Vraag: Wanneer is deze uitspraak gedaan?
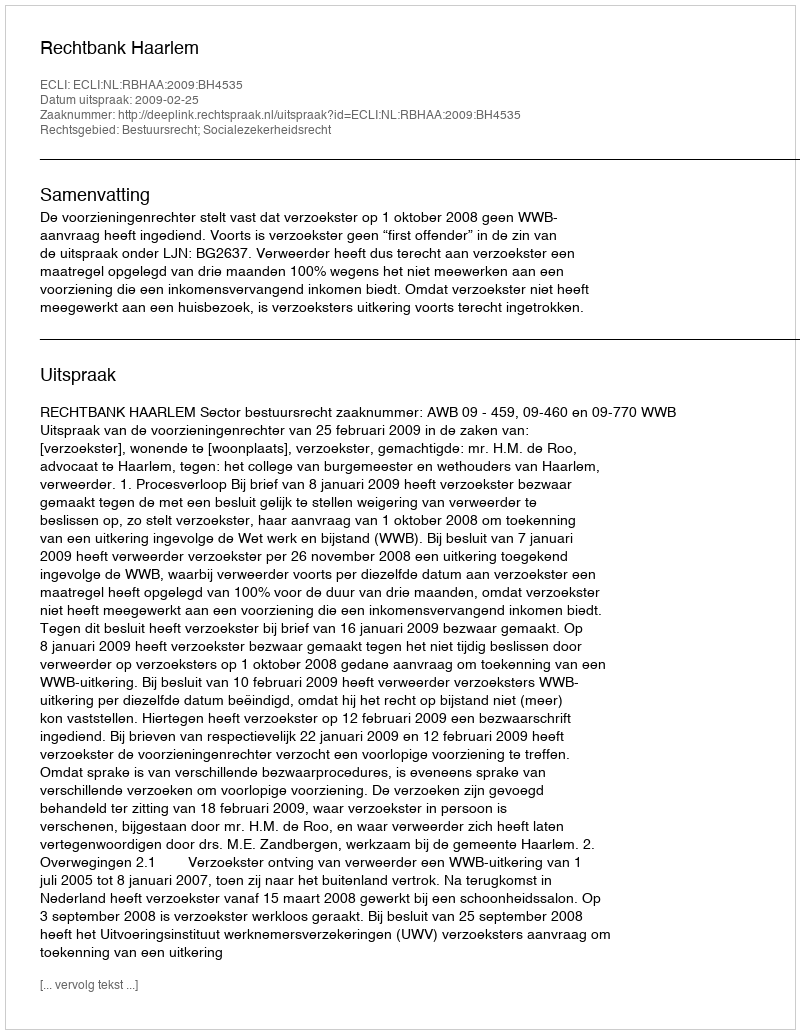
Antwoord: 2009-02-25